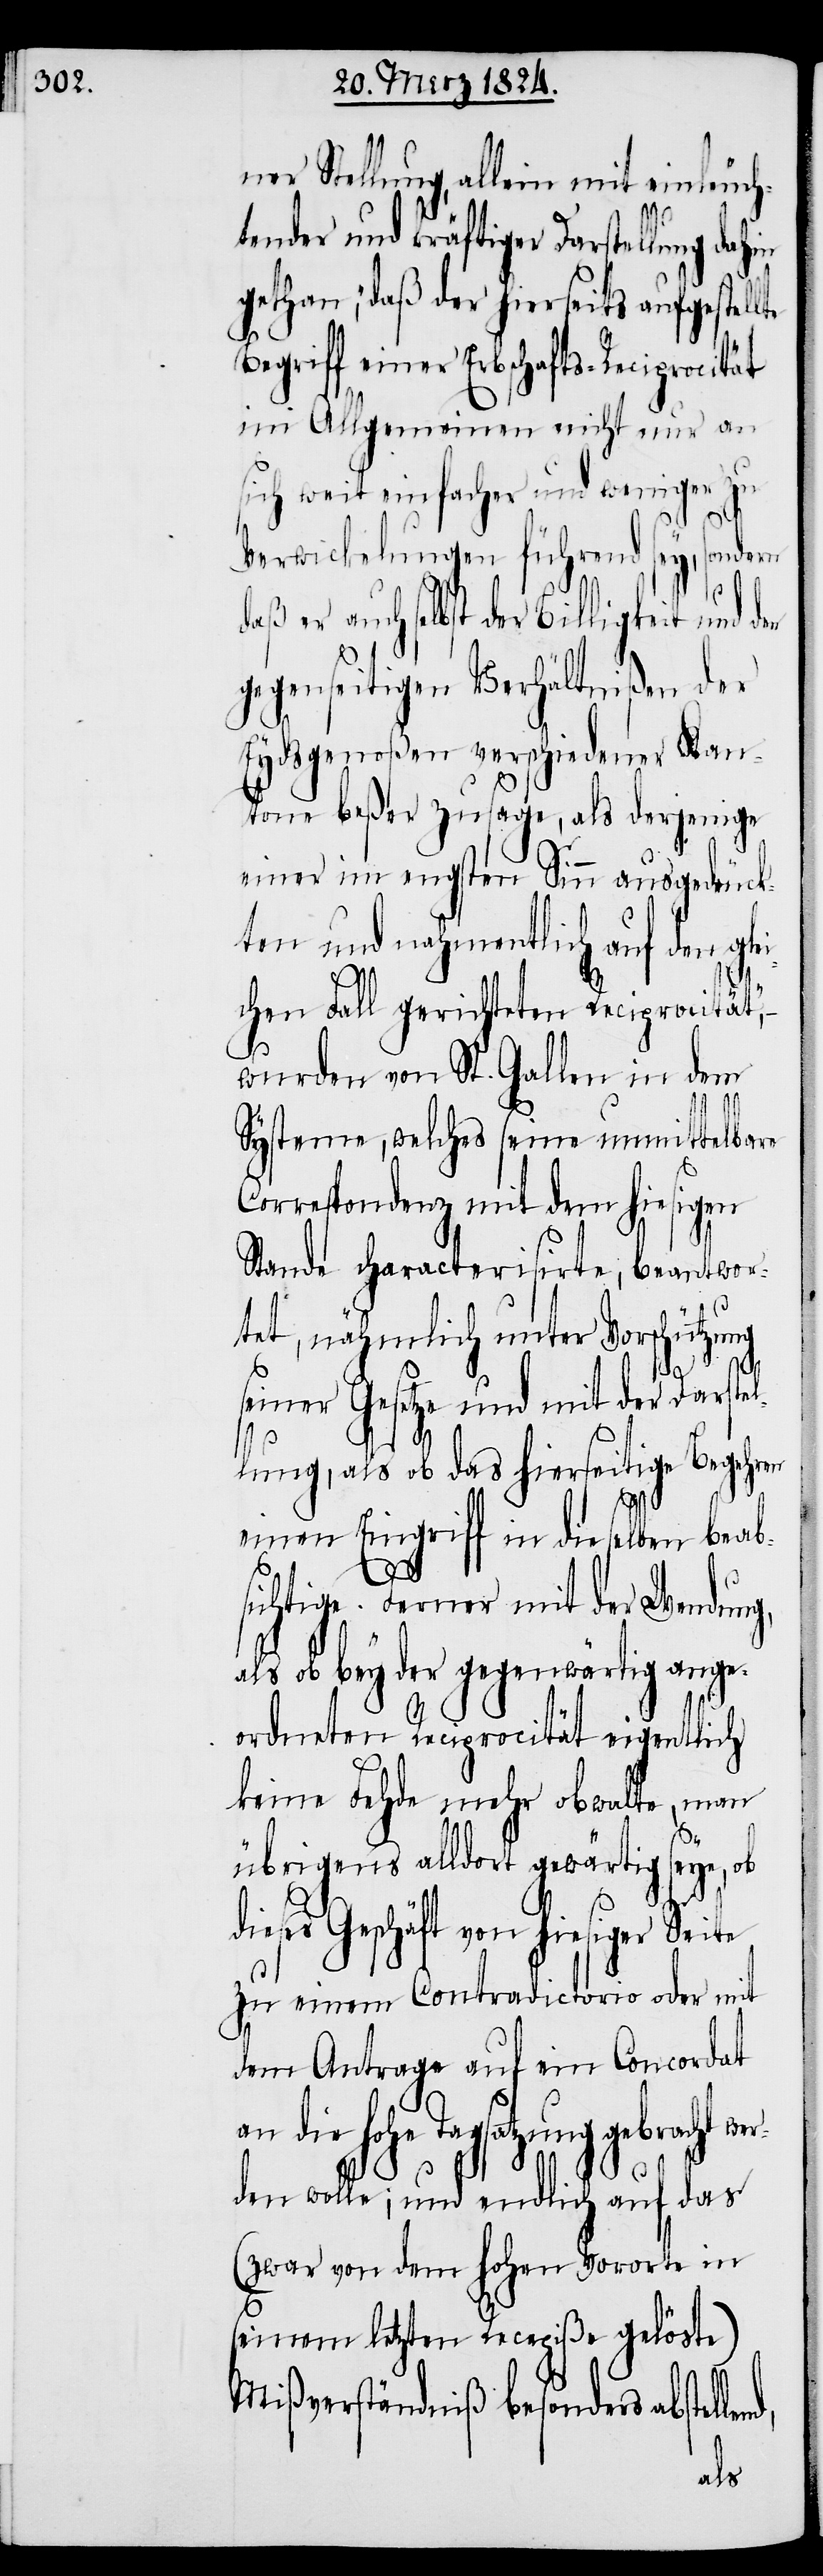
ner Stellung, allein mit einleuch¬
tender und kräftiger Darstellung dahin
gethan, „daß der hierseits aufgestell¬
Begriff einer Erbschafts-Reciprocität
im Allgemeinen nicht nur an
sich weit einfacher und weniger zu
Verwicklungen führend sey, sondern
daß er auch selbst der Billigkeit und
gegenseitigen Verhältnißen der
Eydsgenoßen verschiedener Kan¬
tone beßer zusage, als derjenige
einer im engsten Sinn ausgedrück¬
ten und nahmentlich auf den gle¬
te
ichen Fall gerichteten Reciprocität“,
wurden von St. Gallen in dem
Systeme, welches seine unmittelbare
Correspondenz mit dem hiesigen
Stande characterisirte, beantwor¬
tet, nähmlich unter Vorschützung
d,
seiner Gesetze und mit der Darstel¬
lung, als ob das hierseitige Begehren
wer¬
einen Eingriff in dieselben beab¬
sichtige. Ferner mit der Wendung,
als ob bey der gegenwärtig ange¬
ordneten Reciprocität eigentlich
keine Fehde mehr obwalte, man
übrigens alldort gewärtig seye, ob
dieses Geschäft von hiesiger Seite
zu einem Contradictorio oder mit
dem Antrage auf ein Concordat
die hohe Tagsatzung gebracht
den wolle; und endlich auf das
(zwar von dem hohen Vororte in
seinem letzten Recepiße gelöste)
Mißverständniß besonders abstellen¬